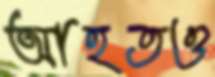
আহতও